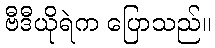
ဗီဒီယိုရဲက ပြောသည်။